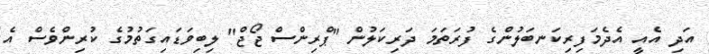
އަދި އެއީ އެދެމަފިރިކަނބަލުންގެ ފުރަތަމަ ދަރިކަލުން "ޕްރިންސް ޖޯޖް" ލިބިވަޑައިގަތުމުގެ ކުރިންވެސް އެ